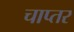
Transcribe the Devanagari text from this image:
चाप्तर